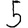
Digit: 5